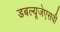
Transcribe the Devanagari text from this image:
डबल्यूजेएसवी